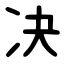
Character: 决